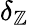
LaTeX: \delta_{\mathbb{Z}}